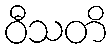
ဝီသတိ